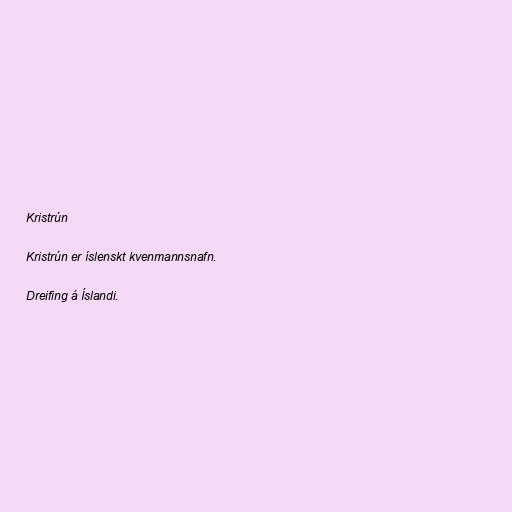
Kristrún

Kristrún er íslenskt kvenmannsnafn.

Dreifing á Íslandi.